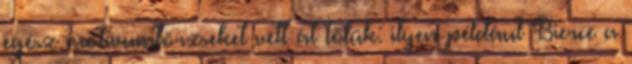
egész motívumtörzseket vett át tőlük: ilyen például Bierce a